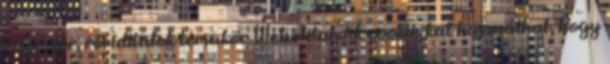
- bor, sör, röviditalok témakör Weboldalunk cookie-kat használhat, hogy